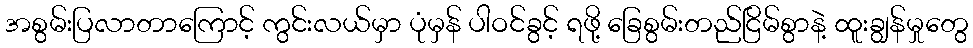
အစွမ်းပြလာတာကြောင့် ကွင်းလယ်မှာ ပုံမှန် ပါဝင်ခွင့် ရဖို့ ခြေစွမ်းတည်ငြိမ်စွာနဲ့ ထူးချွန်မှုတွေ